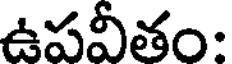
ఉపవీతం: